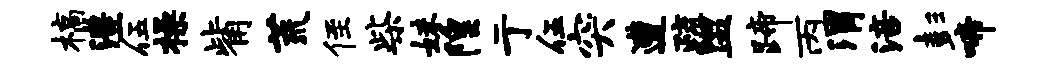
槁澧伍操觜荒侄柴妹隍亍伍突遭疏盥蹄丙渭涪彭啼